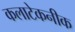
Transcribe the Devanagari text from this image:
कलाटेकनीक